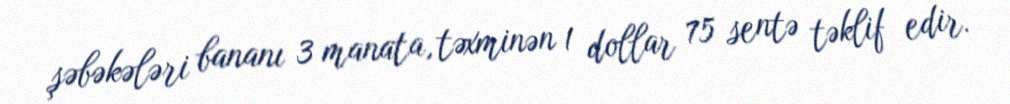
şəbəkələri bananı 3 manata, təxminən 1 dollar 75 sentə təklif edir.